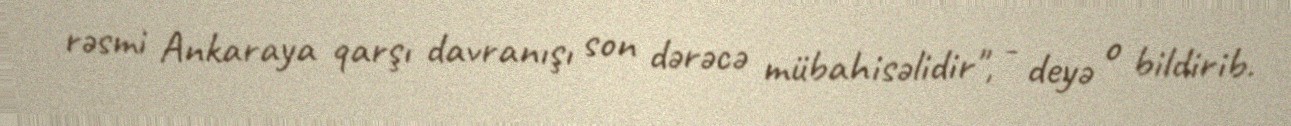
rəsmi Ankaraya qarşı davranışı son dərəcə mübahisəlidir", - deyə o bildirib.